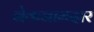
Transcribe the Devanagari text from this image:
नेकनामदार